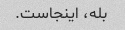
بله، اینجاست.